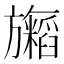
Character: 𬀢